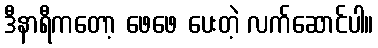
ဒီနာရီကတော့ ဖေဖေ ပေးတဲ့ လက်ဆောင်ပါ။